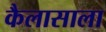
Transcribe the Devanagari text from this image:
कैलासाला